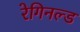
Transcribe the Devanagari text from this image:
रेगिनल्ड